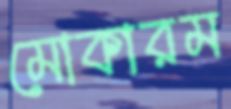
মোকারম